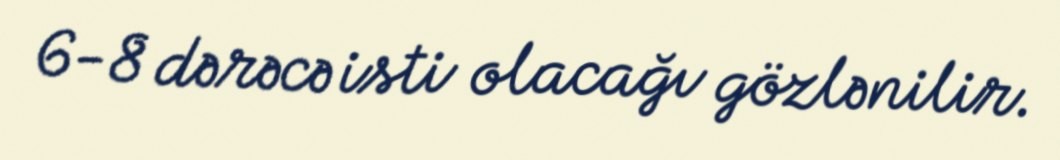
6-8 dərəcə isti olacağı gözlənilir.